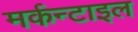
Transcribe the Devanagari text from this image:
मर्कन्टाइल